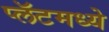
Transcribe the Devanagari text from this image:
प्लॅटमध्ये